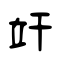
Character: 竏